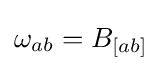
\omega _{ab}=B_{[ab]}